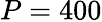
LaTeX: P=400